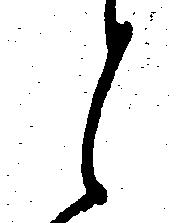
と